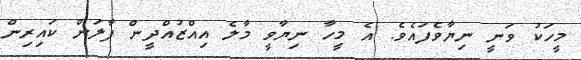
މީހަކު ވަނީ ނިޔާވެފައެވެ. އެ މީހާ ނިޔާވީ މާލެ އިއްޒުއްދީން ފާލަން ކައިރިން